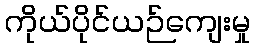
ကိုယ်ပိုင်ယဉ်ကျေးမှု